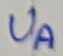
Text: UA